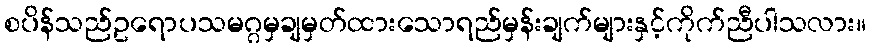
စပိန်သည်ဥရောပသမဂ္ဂမှချမှတ်ထားသောရည်မှန်းချက်များနှင့်ကိုက်ညီပါသလား။